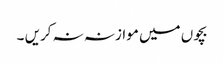
بچوں میں موازنہ نہ کریں ۔